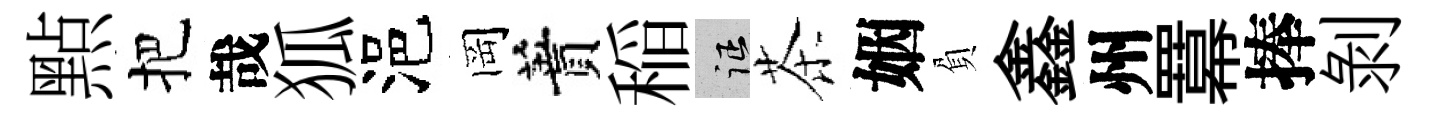
㸃把哉狐浥岡蕡稲征茶姻負鑫州羃捧剥